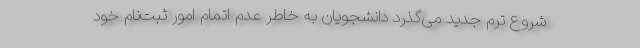
شروع ترم جدید می‌گذرد دانشجویان به خاطر عدم اتمام امور ثبت‌نام خود